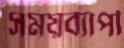
সময়ব্যাপী